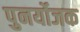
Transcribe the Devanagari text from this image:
पुनर्योजक